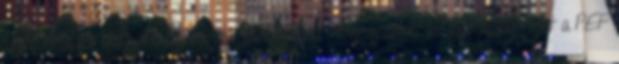
jogosultságot gyakorló személyek jóváhagyott névjegyzékét és aláírásmintáját a PEF